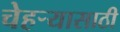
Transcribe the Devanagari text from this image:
चेहर्‍यासाठी